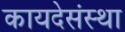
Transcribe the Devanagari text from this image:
कायदेसंस्था